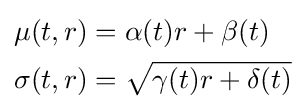
{\begin{aligned}\mu (t,r)&=\alpha (t)r+\beta (t)\\\sigma (t,r)&={\sqrt {\gamma (t)r+\delta (t)}}\end{aligned}}